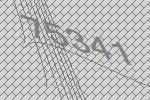
75341